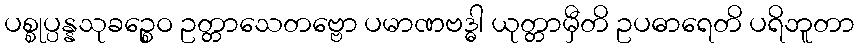
ပစ္စုပ္ပန္နသုခဉ္စေဝ ဥတ္တာသေတဗ္ဗော ပမာဏဗဒ္ဓါ ယုတ္တာမှီတိ ဥပဓာရေတိ ပရိဘူတာ